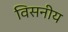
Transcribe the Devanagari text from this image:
विसनीय